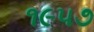
૧૯૫૭